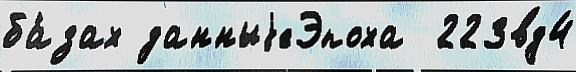
ба́зах данныjеЭпоха  223вд4